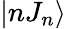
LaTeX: |nJ_{n}\rangle